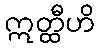
ဣတ္ထီဟိ